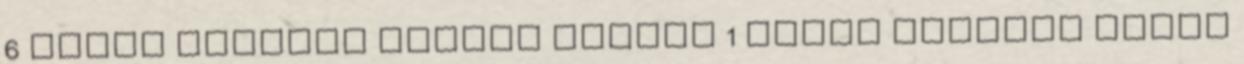
6 MEZEY KATALIN Kettős arckép 1 MEZEY KATALIN Bajok